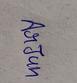
Signature authenticity: genuine